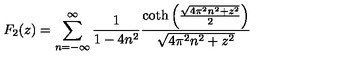
F _ { 2 } ( z ) = \sum _ { n = - \infty } ^ { \infty } \frac { 1 } { 1 - 4 n ^ { 2 } } \frac { \coth \left( \frac { \sqrt { 4 \pi ^ { 2 } n ^ { 2 } + z ^ { 2 } } } { 2 } \right) } { \sqrt { 4 \pi ^ { 2 } n ^ { 2 } + z ^ { 2 } } }